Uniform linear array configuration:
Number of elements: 8
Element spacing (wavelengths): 1
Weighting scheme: hamming
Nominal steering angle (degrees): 45
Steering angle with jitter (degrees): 44.899
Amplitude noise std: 0.05
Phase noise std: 0.05

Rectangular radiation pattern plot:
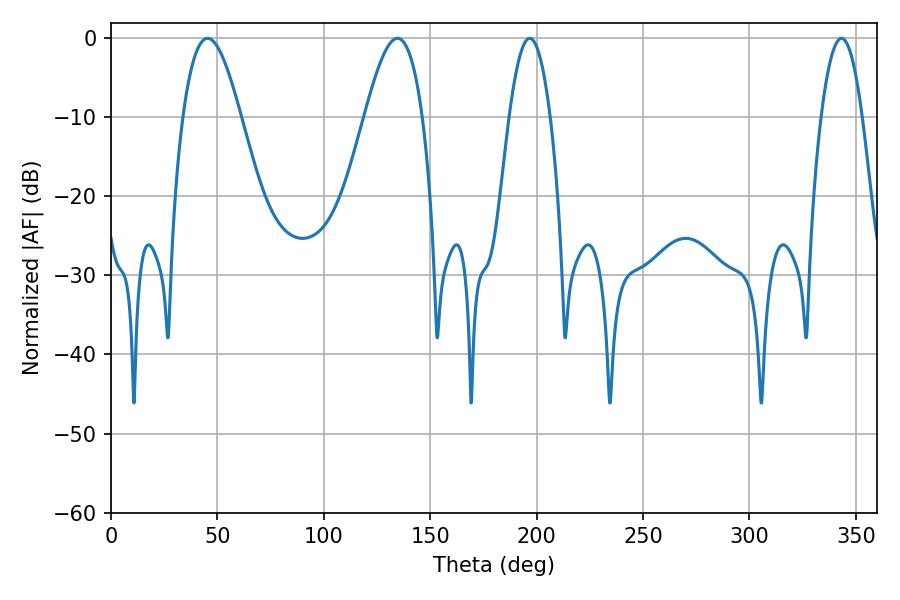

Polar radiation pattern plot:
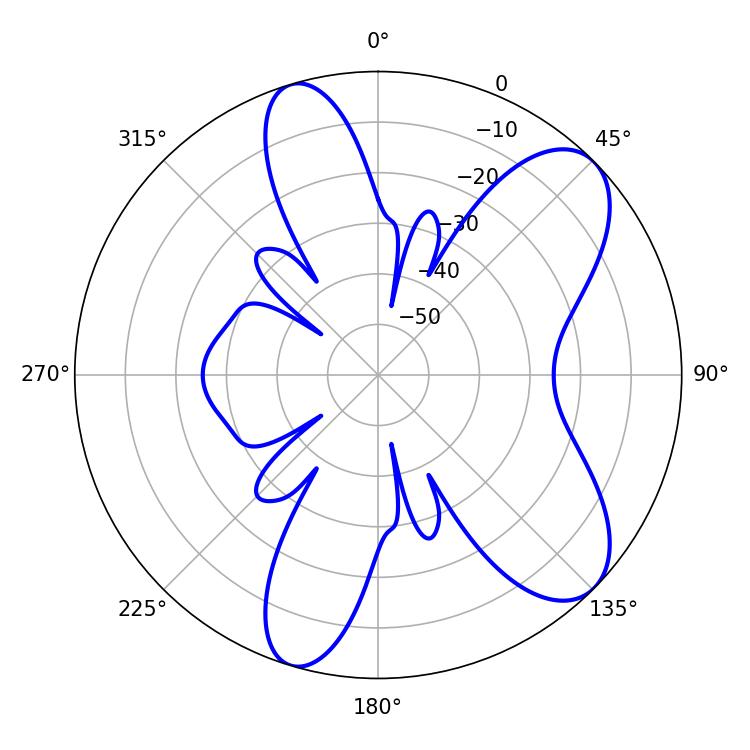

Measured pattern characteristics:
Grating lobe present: TRUE
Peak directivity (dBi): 8.369
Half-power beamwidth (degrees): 10.44
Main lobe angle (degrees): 196.74